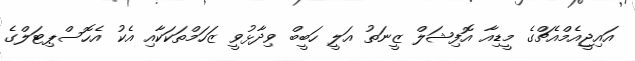
އައިޖީއެމްއެޗްގެ މީީޑިއާ އޮފިޝަލް ޒީނަތު އަލީ ހަބީބް ވިދާޅުވީ ޒަހަމްތަކަކާއި އެކު އެހޮސްޕިޓަލްގެ